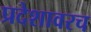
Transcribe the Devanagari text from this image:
प्रदेशावरच